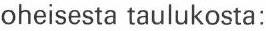
oheisesta taulukosta: